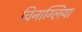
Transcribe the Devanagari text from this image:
चिनाग्लिया